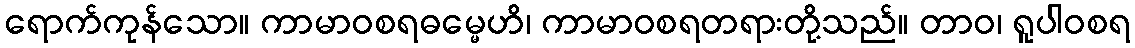
ရောက်ကုန်သော။ ကာမာဝစရဓမ္မေဟိ၊ ကာမာဝစရတရားတို့သည်။ တာဝ၊ ရူပါဝစရ